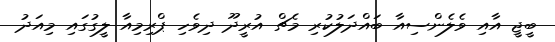
ބީޖީ އާއި ވެލެންސިއާ ބައްދަލުކުރި މެޗް އުރީދޫ ދިވެހި ޕްރިމިއާ ލީގުގައި މިއަދު